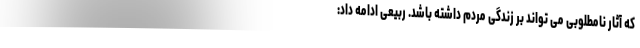
که آثار نامطلوبی می تواند بر زندگی مردم داشته باشد. ربیعی ادامه داد: